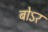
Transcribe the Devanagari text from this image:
बोऽर